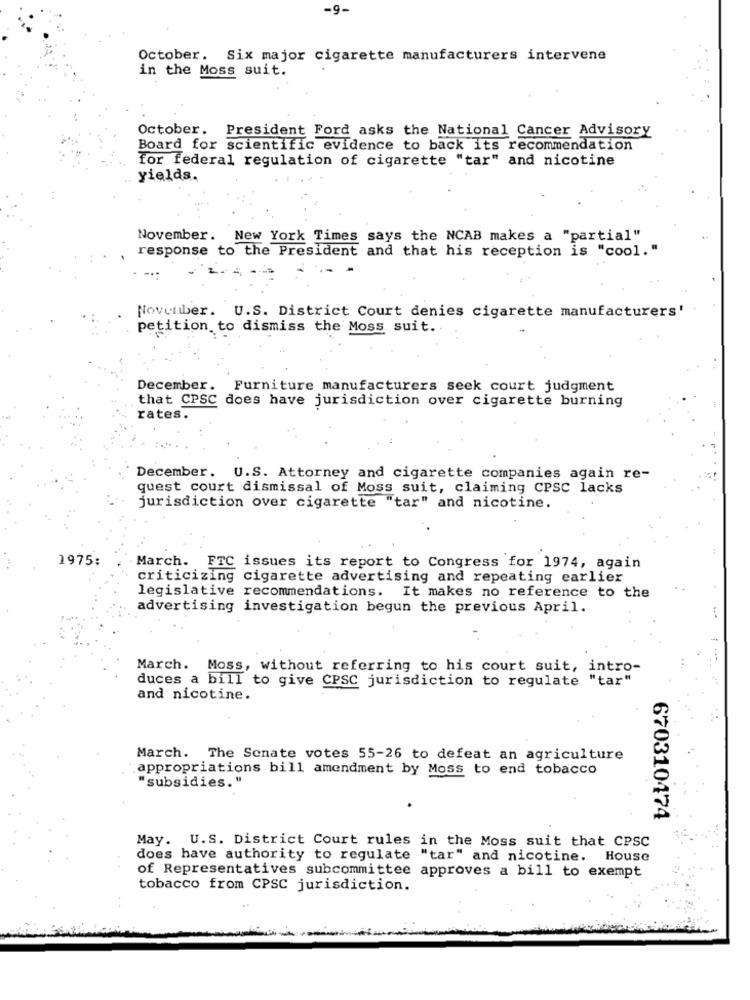
-9-
October. Six major cigarette manufacturers intervene
in the Moss suit.
October. President Ford asks the National Cancer Advisory
Board for scientific evidence to back its recommendation
for federal regulation of cigarette "tar" and nicotine
yields.
November. New York Times says the NCAB makes a "partial"
response to the President and that his reception is "cool."
November. U.S. District Court denies cigarette manufacturers'
petition to dismiss the Moss suit ..
December. Furniture manufacturers seek court judgment
that CPSC does have jurisdiction over cigarette burning
rates.
December. U.S. Attorney and cigarette companies again re-
quest court dismissal of Moss suit, claiming CPSC lacks
jurisdiction over cigarette "tar" and nicotine.
1975:
March. FTC issues its report to Congress for 1974, again
criticizing cigarette advertising and repeating earlier
legislative recommendations. It makes no reference to the
advertising investigation begun the previous April.
March. Moss, without referring to his court suit, intro-
duces a bill to give CPSC jurisdiction to regulate "tar"
and nicotine.
March. The Senate votes 55-26 to defeat an agriculture
appropriations bill amendment by Moss to end tobacco
"subsidies."
670310474
May. U.S. District Court rules in the Moss suit that CPSC
does have authority to regulate "tar" and nicotine. House
of Representatives subcommittee approves a bill to exempt
tobacco from CPSC jurisdiction.